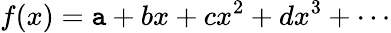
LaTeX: f(x)=\mathtt{a}+bx+cx^{2}+dx^{3}+\cdots